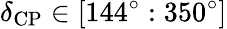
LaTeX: \delta_{\mathrm{CP}}\in[144^{\circ}:350^{\circ}]